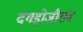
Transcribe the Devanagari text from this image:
दगड़ोजीराव